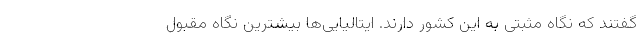
گفتند که نگاه مثبتی به این کشور دارند. ایتالیایی‌ها بیشترین نگاه مقبول